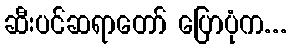
ဆီးပင်ဆရာတော် ပြောပုံက...